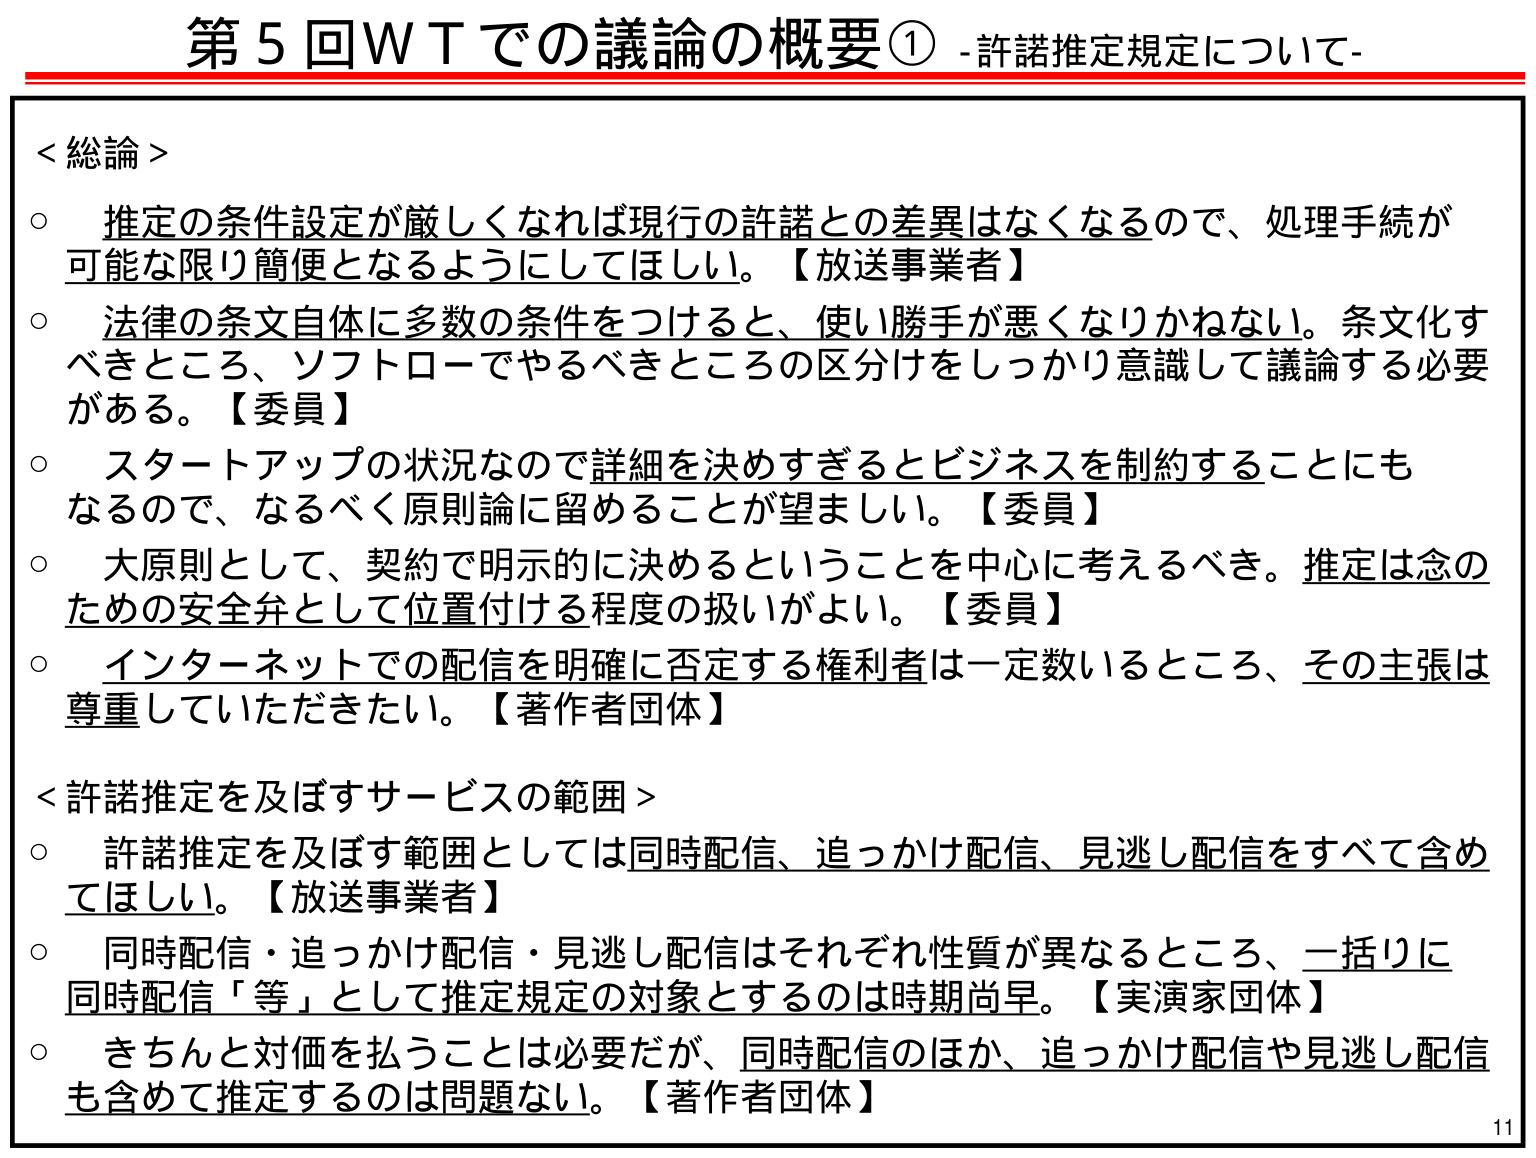
第5回WTでの議論の概要① -許諾推定規定について-

＜総論＞
○ 推定の条件設定が厳しくなれば現行の許諾との差異はなくなるので、処理手続が可能な限り簡便となるようにしてほしい。【放送事業者】
○ 法律の条文自体に多数の条件をつけると、使い勝手が悪くなりかねない。条文化すべきところ、ソフトローでやるべきところの区分けをしっかり意識して議論する必要がある。【委員】
○ スタートアップの状況なので詳細を決めすぎるとビジネスを制約することにもなるので、なるべく原則論に留めることが望ましい。【委員】
○ 大原則として、契約で明示的に決めるということを中心に考えるべき。推定は念のための安全弁として位置付ける程度の扱いがよい。【委員】
○ インターネットでの配信を明確に否定する権利者は一定数いるところ、その主張は尊重していただきたい。【著作者団体】

＜許諾推定を及ぼすサービスの範囲＞
○ 許諾推定を及ぼす範囲としては同時配信、追っかけ配信、見逃し配信をすべて含めてほしい。【放送事業者】
○ 同時配信・追っかけ配信・見逃し配信はそれぞれ性質が異なるところ、一括りに同時配信「等」として推定規定の対象とするのは時期尚早。【実演家団体】
○ きちんと対価を払うことは必要だが、同時配信のほか、追っかけ配信や見逃し配信も含めて推定するのは問題ない。【著作者団体】

11